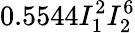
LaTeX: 0.5544I_{1}^{2}I_{2}^{6}